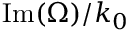
\mathrm { I m } { \left( \Omega \right) } / k _ { 0 }